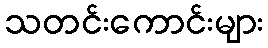
သတင်းကောင်းများ